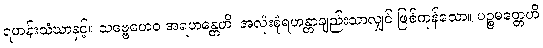
ရဟန်းသံဃာနှင့်။ သဗ္ဗေဟေဝ အရဟန္တေဟိ၊ အလုံးစုံရဟန္တာချည်းသာလျှင် ဖြစ်ကုန်သော။ ပဉ္စမတ္တေဟိ